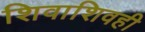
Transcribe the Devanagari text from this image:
शिवाशिवही